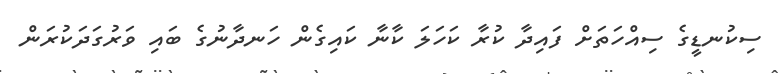
ސިކުނޑީގެ ސިއްހަތަށް ފައިދާ ކުރާ ކަހަލަ ކާނާ ކައިގެން ހަނދާނުގެ ބައި ވަރުގަދަކުރަން